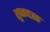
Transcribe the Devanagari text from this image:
शुष्कपत्रक